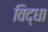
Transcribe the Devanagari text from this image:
विद्धा